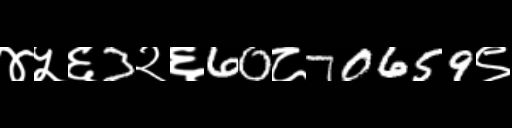
Text: ४५६3२६60८70659९